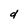
Character: d